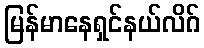
မြန်မာနေရှင်နယ်လိဂ်